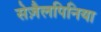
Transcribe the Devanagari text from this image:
सेज़ैलपिनिया